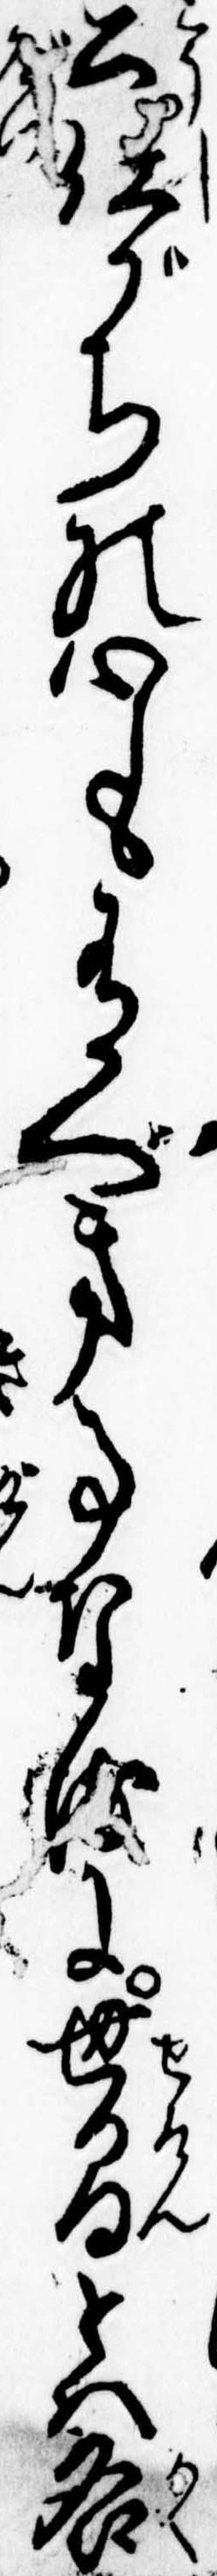
公仕がちの心も有べき事なるに世間とは各